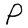
Character: P